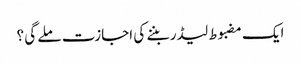
ایک مضبوط لیڈر بننے کی اجازت ملے گی ؟